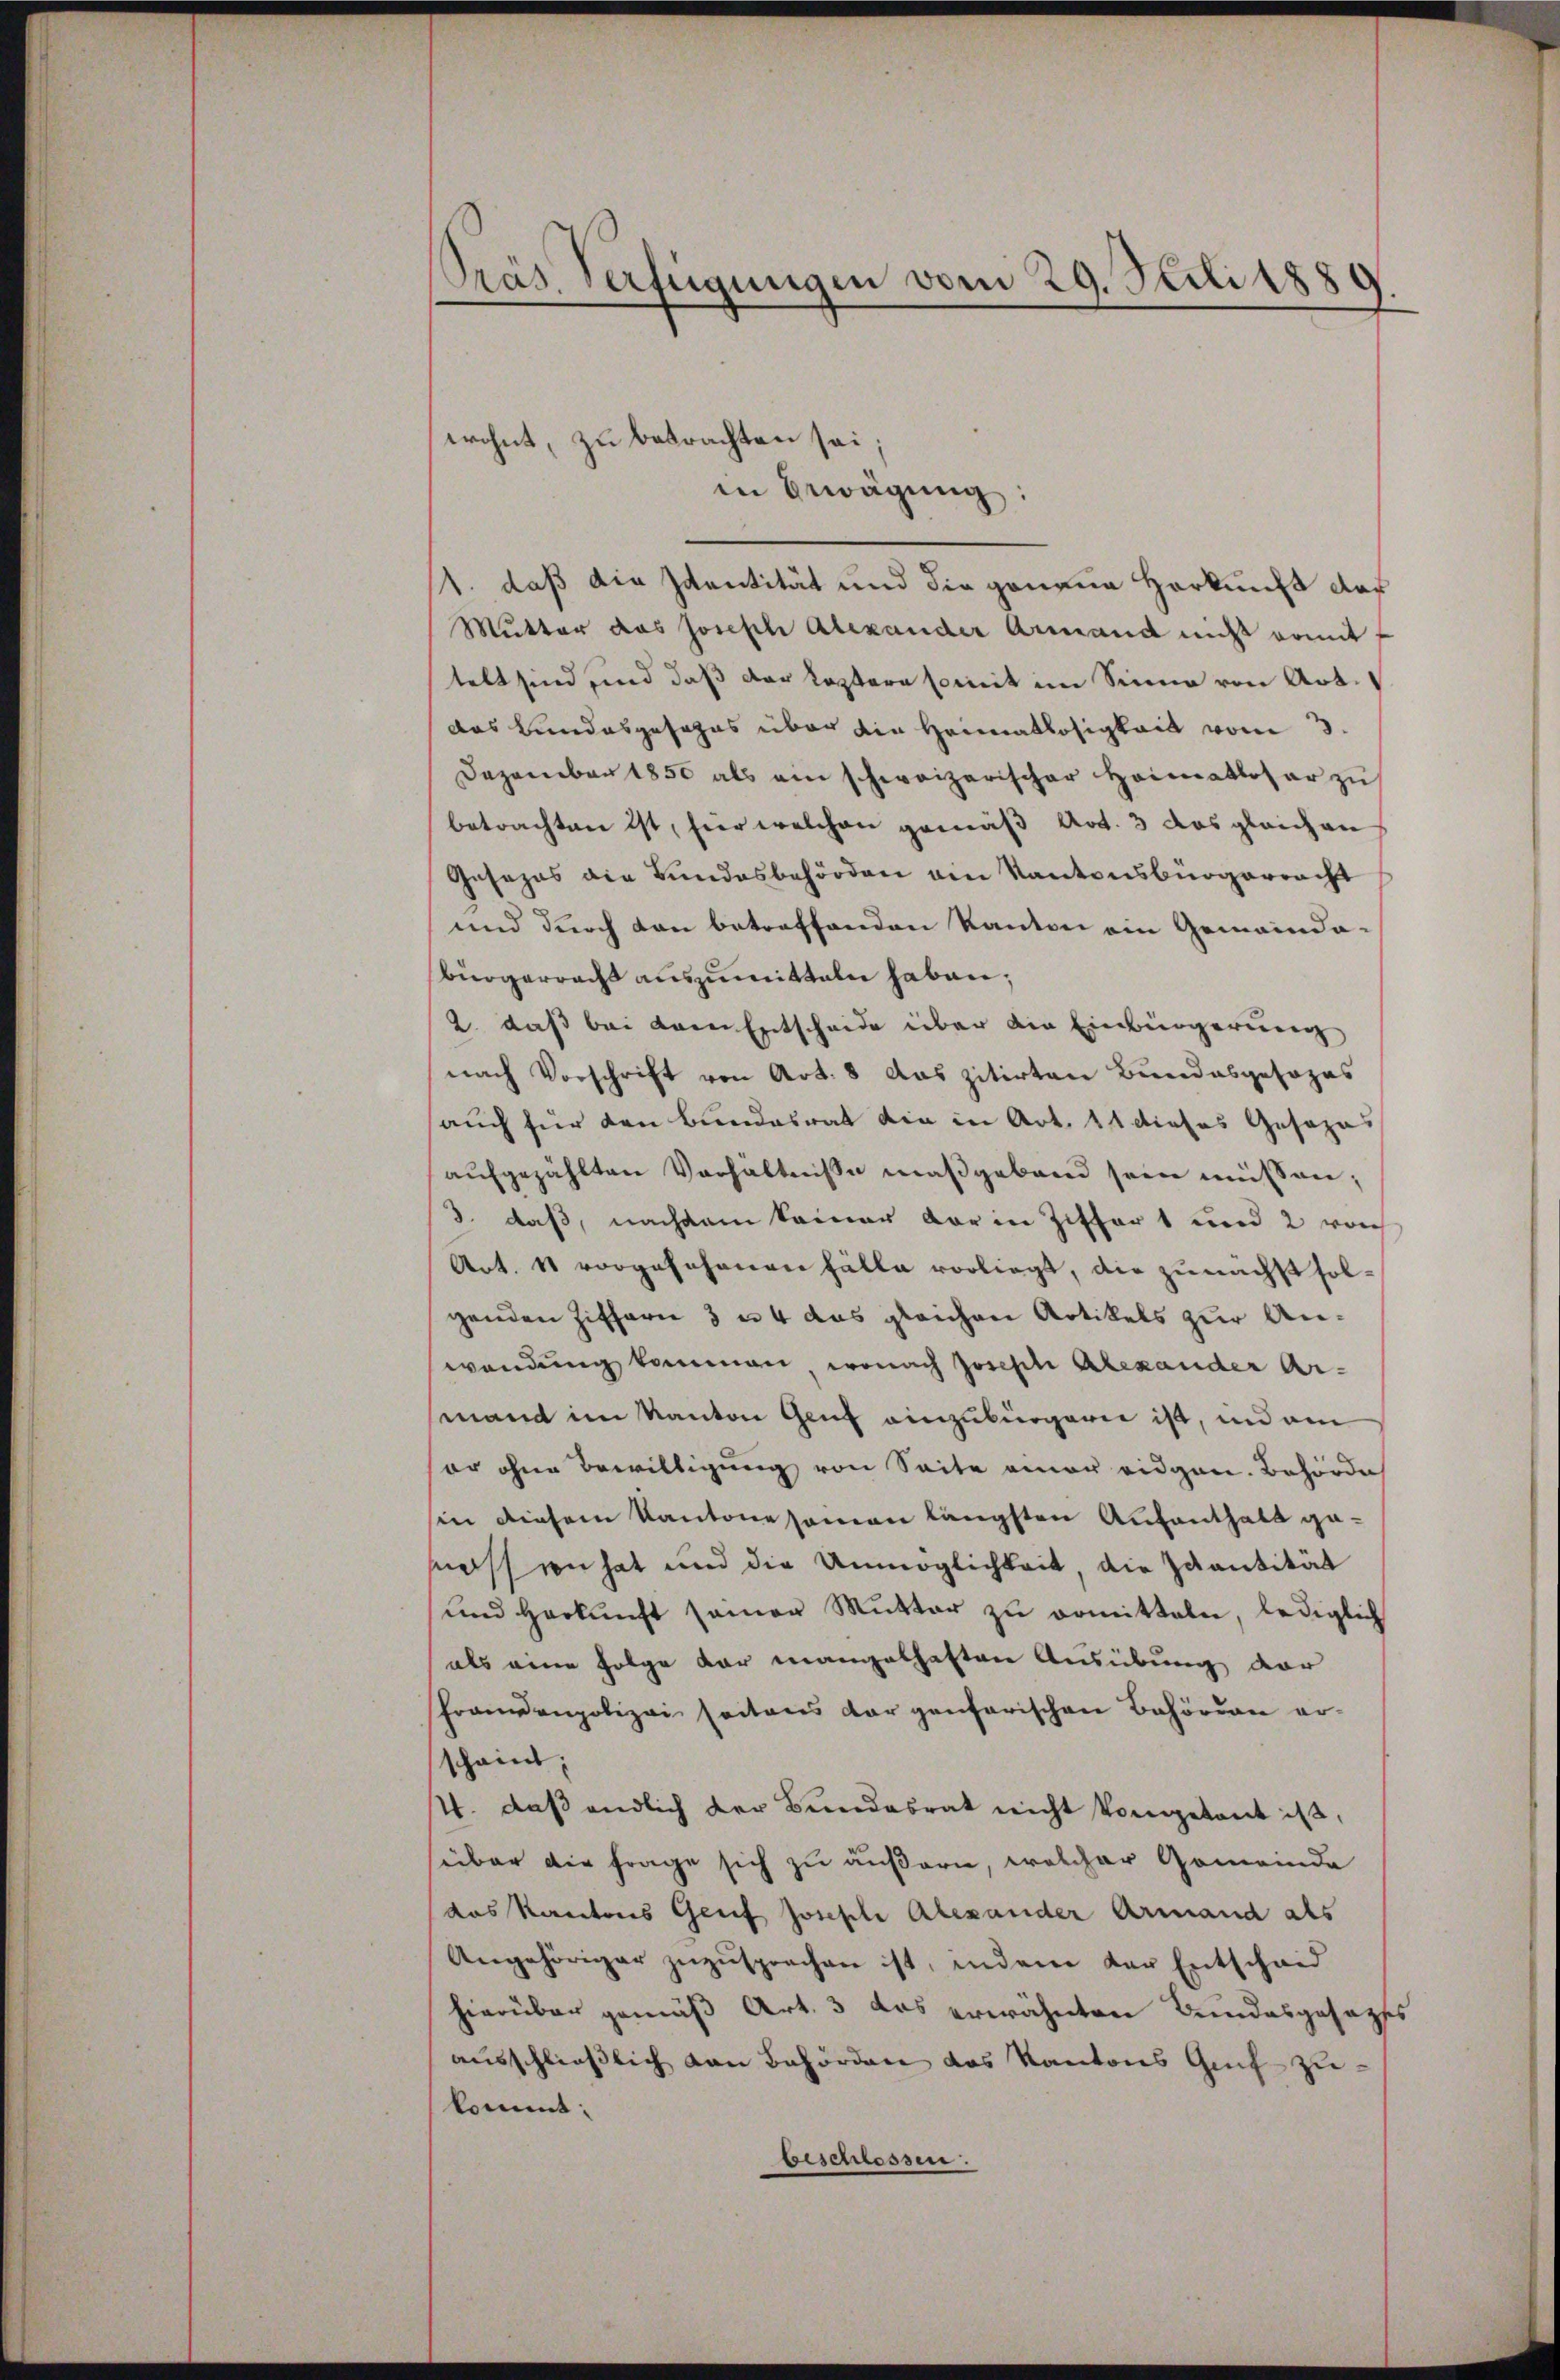
Präs. Verfügungen vom 29. Juli 1880

wohnt, zu betrachten sei,

1. daß die Identität und die genaue Herkunft das
Mutter das Joseph Alexander Armand nicht womit f
telt sind, und daß der leztere somit im Sinne von Art.
das Bundesgesezes über die Heimatlosigkeit vom 3.
Dezember 1850 als ein schweizerischer Heimatloser zŭ
betrachten ist, hier welchen gemäß Art. 3 das gleichen
Gesezes die Bundesbehörden am Kantonsbürgerracht
und durch den betreffenden Kanton ein Gemeinde
bürgerracht auszumitteln haben;
2. daß bei dem Entscheide über die Einbürgerung
nach Vorschrift von Art. 8 das zitirten Bundesgesozas
auch für den Bundesrat die in Art. 11 dieses Gesan
aufgezählten Verhältniße maßgebend sein müssen;
3. daß, nachdem keiner der in Ziffert und 2 noch
Art. 11 vorgesehenen Fälle vorliegt, die zunächst solgenden Ziffern 3 u. 4 das gleichen Artikels zur Anwendung kommen, wonach Joseph Alexander Armand im Kanton Genf einzubürgern ist, und am
er ohne Bewilligung von Seite einer eidgen. Behörde
sin diesem Kantone samen längsten Aufenthalt gamassen hat und die Unmöglichkeit, die Ivantität
ŭnd Herkŭnft seiner Mŭtter zŭ ormitteln, lediglich
als eine Folge dar mangelhaften Ausübung der
Franzonpolizei seitens dargenferischen Behörden erscheint:
4. daß endlich der Bundesrat nicht vorgetant ist,
über die Frage sich zu äußern, welcher Gemeinde
das Kantons Genf Joseph Alexander Armand als
Angehöriger zuzusprochen ist, indem der Entscheid
hierüber gemäß Art. 3 das erwähnten Bundesgesagtes
ausschließlich von Behörden das Kantons Genf zu
kommt:
beschiessen.

in Bewägŭng: